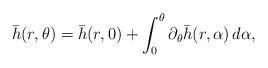
LaTeX: \begin{align*}\bar{h}(r,\theta) = \bar{h}(r,0) + \int_0^{\theta}\partial_{\theta}\bar{h}(r,\alpha)\,d\alpha,\end{align*}